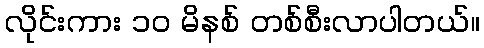
လိုင်းကား ၁၀ မိနစ် တစ်စီးလာပါတယ်။